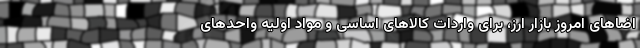
اضاهای امروز بازار ارز، برای واردات کالاهای اساسی و مواد اولیه واحدهای